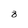
Character: 8